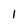
Character: 1